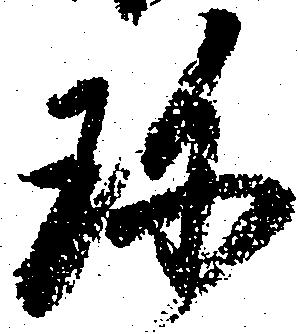
珍